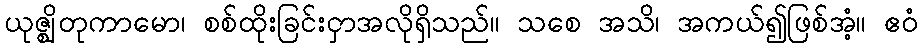
ယုဇ္ဈိတုကာမော၊ စစ်ထိုးခြင်းငှာအလိုရှိသည်။ သစေ အသိ၊ အကယ်၍ဖြစ်အံ့။ ဧဝံ